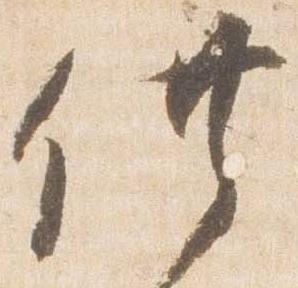
供